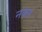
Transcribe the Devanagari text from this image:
नक्ल